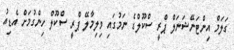
ގަލަމް އިންޓަނޭޝަނަލް ޕްރީ ސްކޫލްގެ ނަމުގައި ވިލިމާލޭ ޕްރީ ސްކޫލް ހިންގުމަށް އެޑިއު